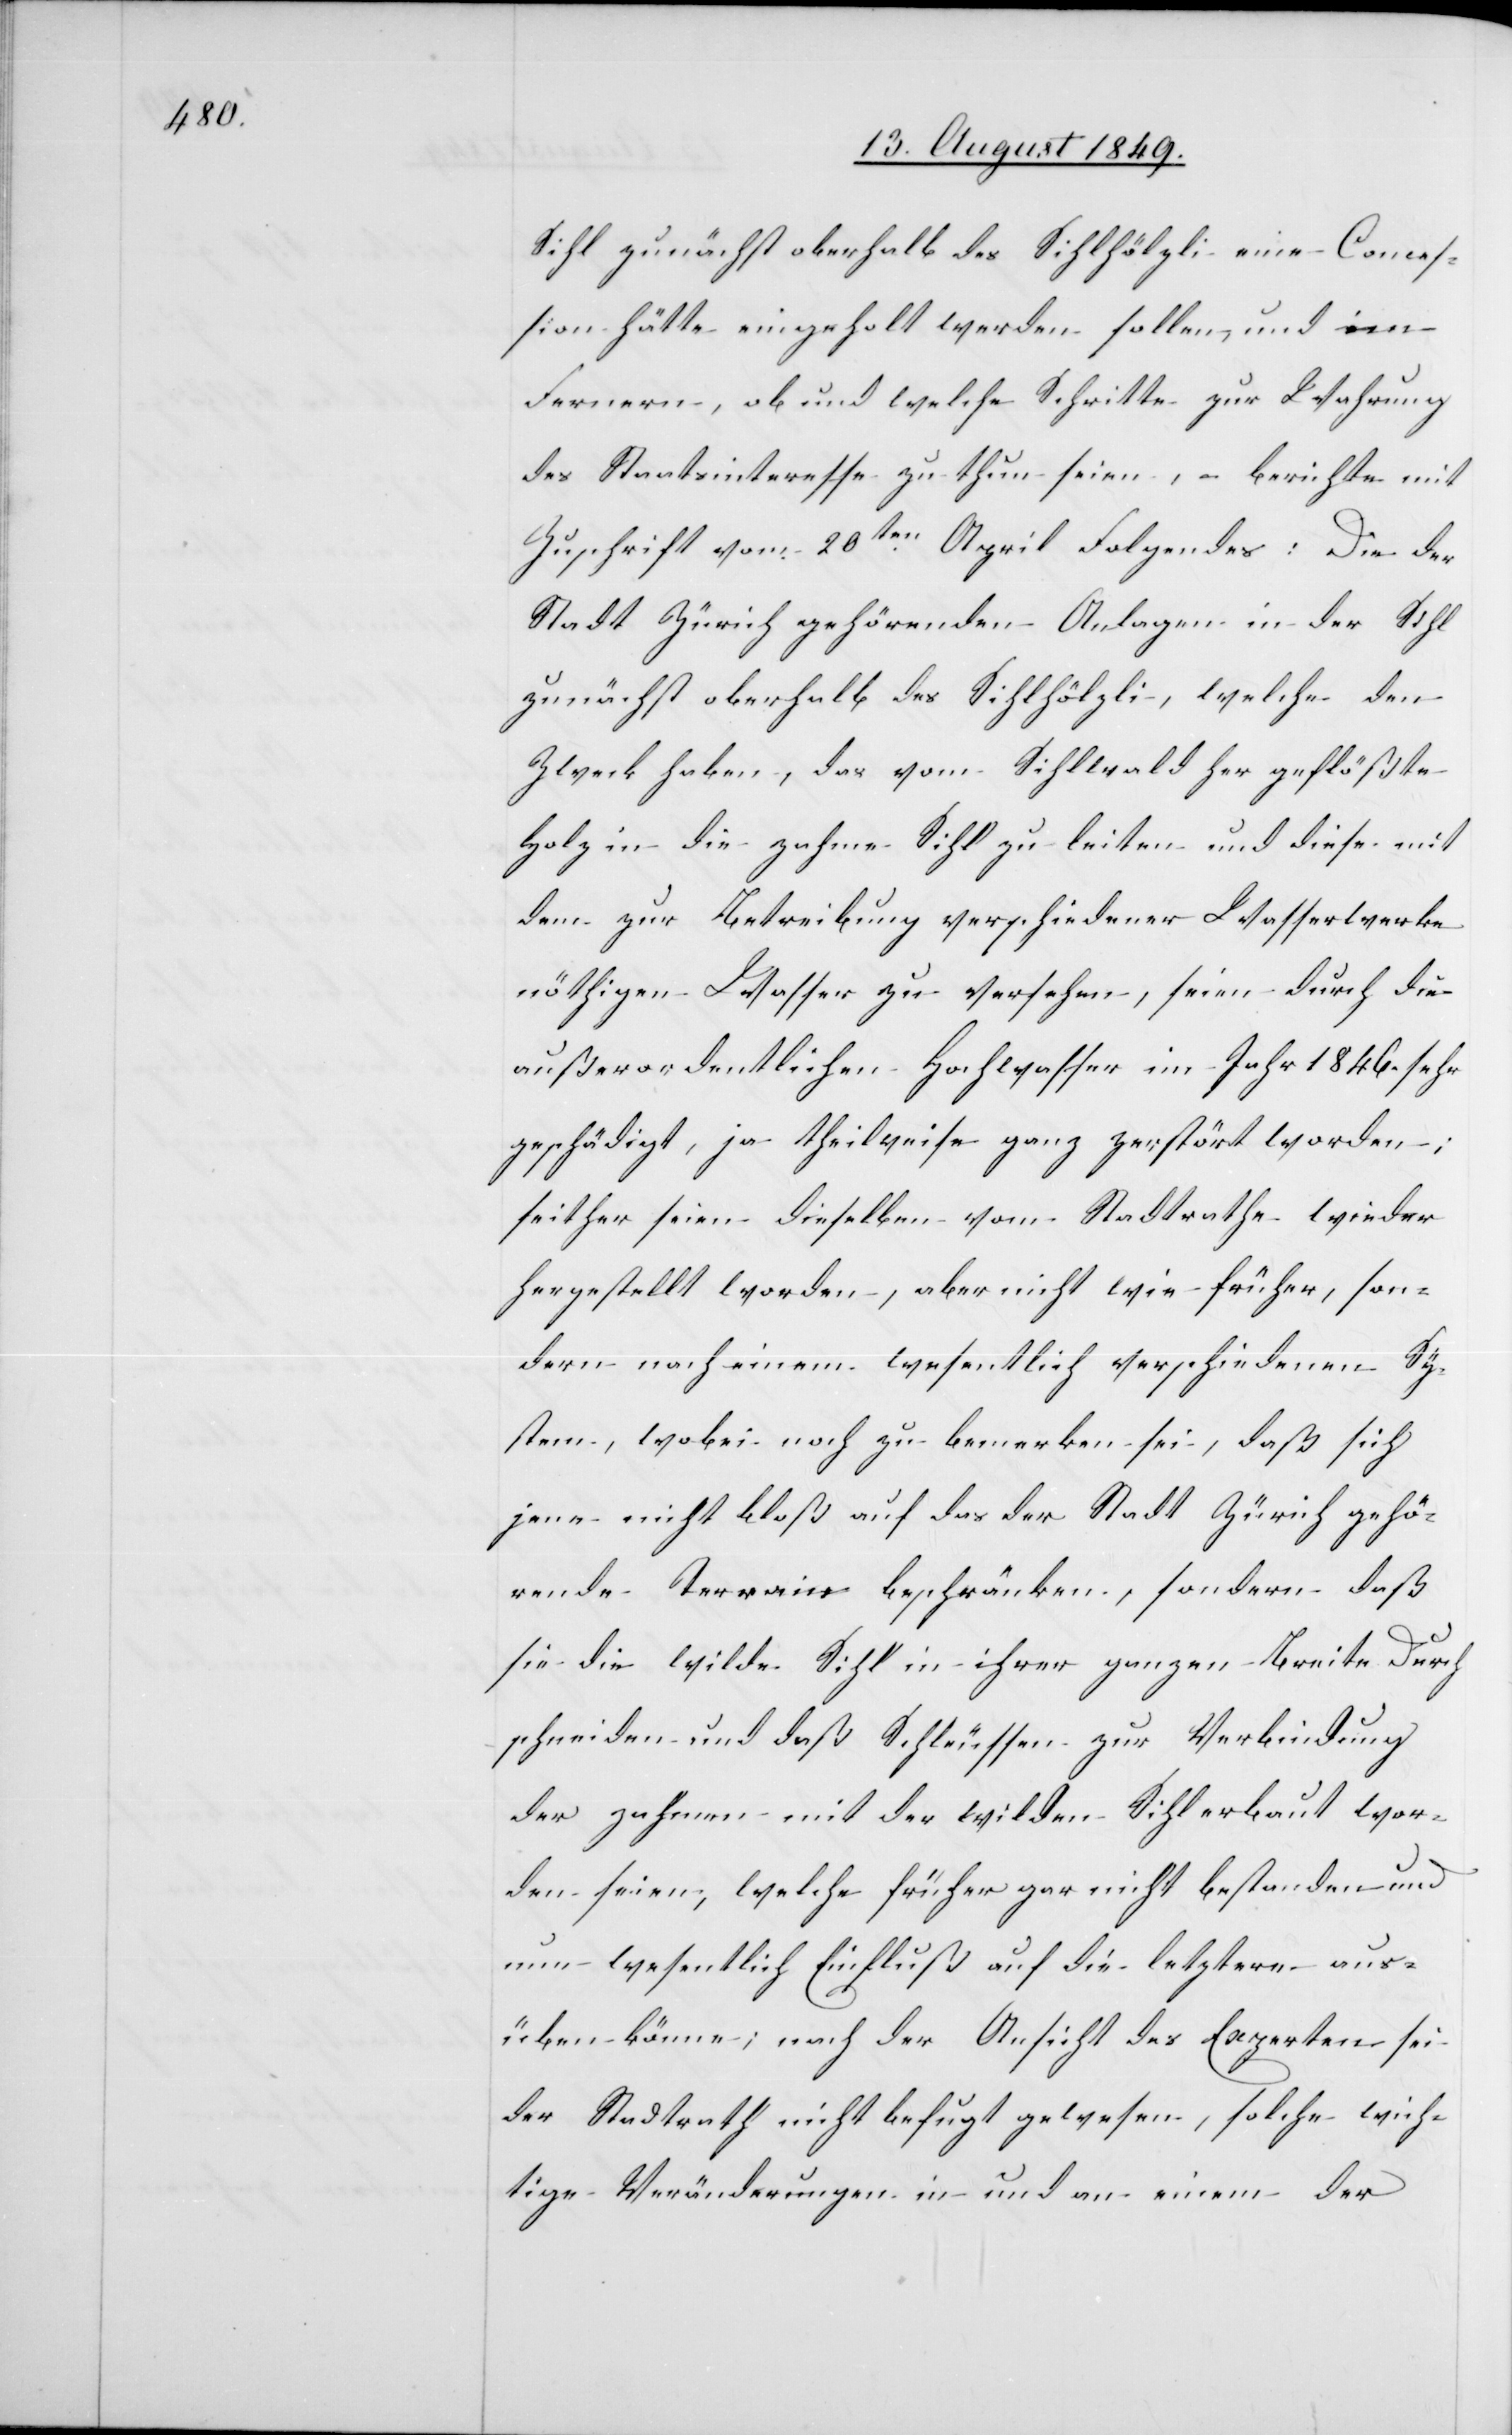
Sihl zunächst oberhalb des Sihlhölzli eine Conces¬
sion hätte eingeholt werden sollen, und im
Fernern, ob und welche Schritte zur Wahrung
des Staatsinteresse zu thun seien, berichte mit
Zuschrift vom 20ten April Folgendes: Die der
Stadt Zürich gehörenden Anlagen in der Sihl
zunächst oberhalb des Sihlhölzli, welche den
Zweck haben, das vom Sihlwald her geflößte
Holz in die zahme Sihl zu leiten und diese mit
dem zur Betreibung verschiedener Wasserwerke
nöthigen Wasser zu versehen, seien durch die
außerordentlichen Hochwasser im Jahr 1846. sehr
geschädigt, ja theilweise ganz zerstört worden;
seither seien dieselben vom Stadtrathe wieder
hergestellt worden, aber nicht wie früher, son¬
dern nach einem wesentlich verschiedenen Sy¬
stem, wobei noch zu bemerken sei, daß sich
jene nicht bloß auf das der Stadt Zürich gehö¬
rende Terrain beschränken, sondern daß
sie die wilde Sihl in ihrer ganzen Breite Durch¬
schneiden und daß Schleussen zur Verbindung
der zahmen mit der wilden Sihl erbaut wor¬
den seien, welche früher gar nicht bestanden und
nun wesentlich Einfluß auf die letztere aus¬
üben könne; nach der Ansicht des Experten sei
der Stadtrath nicht befugt gewesen, solche wich¬
tige Veränderungen in und an einem der